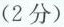
（2分）